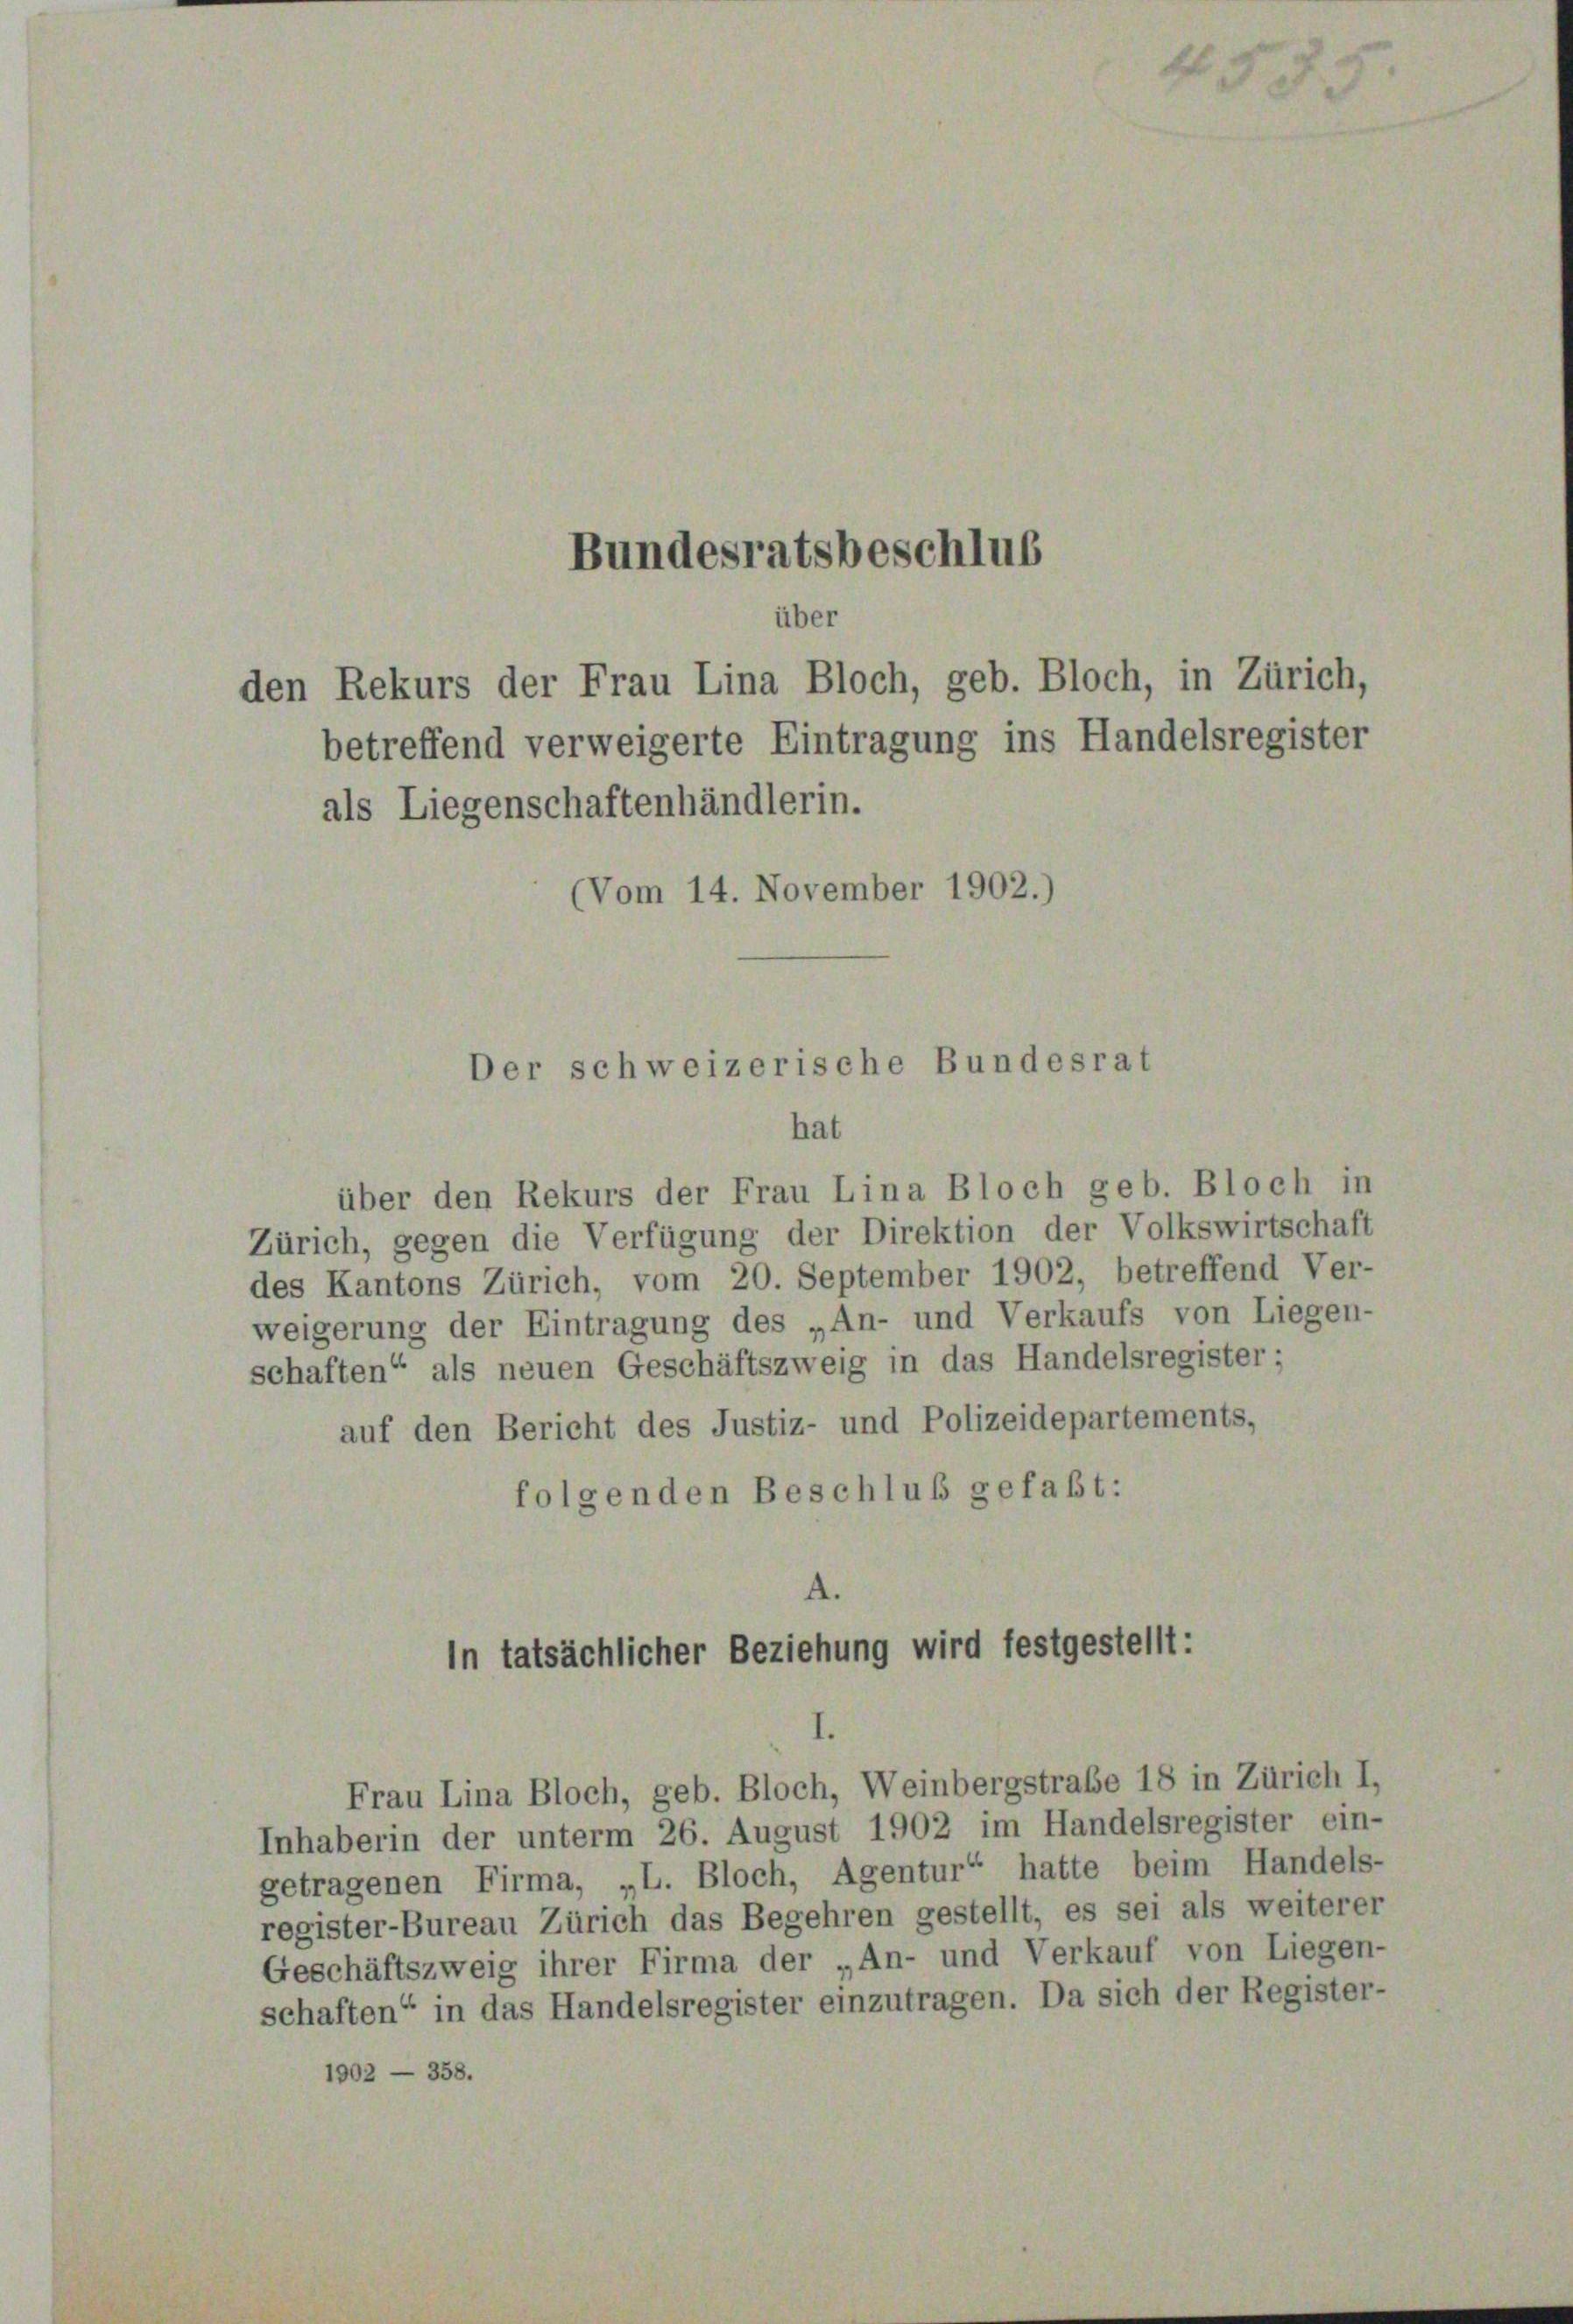
Bundesratsbeschlus
über
den Rekurs der Frau Lina Bloch, geb. Bloch, in Zürich,
betreffend verweigerte Eintragung ins Handelsregister

als Liegenschaftenhändlerin.
(Vom 14. November 1902.)

Der schweizerische Bundesrat

hat

In tatsächlicher Beziehung wird festgestellt:

über den Rekurs der Frau Lina Bloch geb. Bloch in
Zürich, gegen die Verfügung der Direktion der Volkswirtschaft
des Kantons Zürich, vom 20. September 1902, betreffend Ver-
weigerung der Eintragung des „An- und Verkaufs von Liegen-
schaften“ als neuen Geschäftszweig in das Handelsregister;
auf den Bericht des Justiz- und Polizeidepartements,
folgenden Beschluß gefaßt:

Frau Lina Bloch, geb. Bloch, Weinbergstrabe 18 in Zürich I,
Inhaberin der unterm 26. August 1902 im Handelsregister ein-
getragenen Firma, „L. Bloch, Agentur“ hatte beim Handels-
register-Bureau Zürich das Begehren gestellt, es sei als weiterer
Geschäftszweig ihrer Firma der „An- und Verkauf von Liegen-
schaften“ in das Handelsregister einzutragen. Da sich der Register-
1902 — 358.